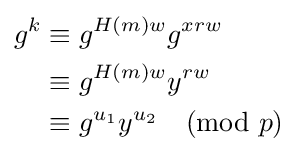
{\begin{aligned}g^{k}&\equiv g^{H(m)w}g^{xrw}\\&\equiv g^{H(m)w}y^{rw}\\&\equiv g^{u_{1}}y^{u_{2}}{\pmod {p}}\end{aligned}}